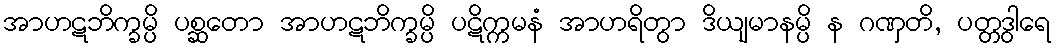
အာဟဋဘိက္ခမ္ပိ ပစ္ဆတော အာဟဋဘိက္ခမ္ပိ ပဋိက္ကမနံ အာဟရိတွာ ဒိယျမာနမ္ပိ န ဂဏှတိ, ပတ္တဒွါရေ